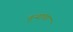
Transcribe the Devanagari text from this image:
तुऱ्यांचा